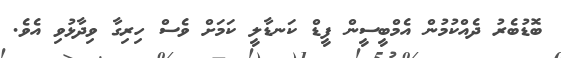
ބޮޑުބެރު ދެއްކުމުން އެމްބީސީން ފީޑް ކަނޑާލީ ކަމަށް ވެސް ހިރިގާ ވިދާޅުވި އެވެ.